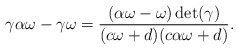
\begin{align*}\gamma \alpha \omega-\gamma \omega= \dfrac{(\alpha \omega-\omega)\det (\gamma)}{(c\omega+d)(c \alpha \omega+d)}.\end{align*}